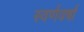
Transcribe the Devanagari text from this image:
स्वर्णवर्षा